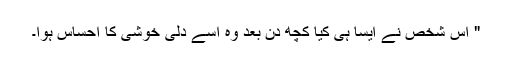
" اس شخص نے ایسا ہی کیا کچھ دن بعد وہ اسے دلی خوشی کا احساس ہوا۔